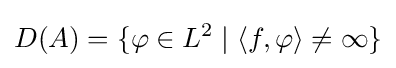
D(A)=\{\varphi \in L^{2}\mid \langle f,\varphi \rangle \neq \infty \}